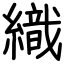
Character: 織